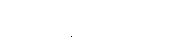
ပါရာသိဝိယဿ